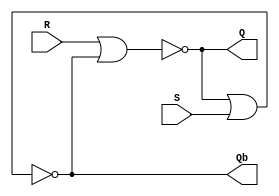
module Lab3_SR_Latch_gatelevel (input S, R, output Q, Qb);
    nor #(10) g1(Q, R, Qb);
    nor #(10) g2(Qb, Q, S);
endmodule